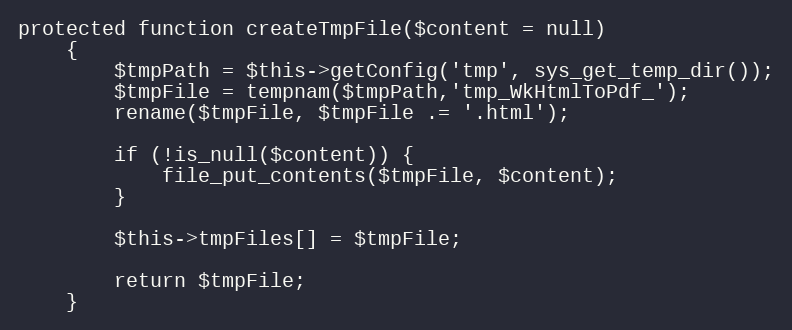
Language: PHP
protected function createTmpFile($content = null)
    {
        $tmpPath = $this->getConfig('tmp', sys_get_temp_dir());
        $tmpFile = tempnam($tmpPath,'tmp_WkHtmlToPdf_');
        rename($tmpFile, $tmpFile .= '.html');

        if (!is_null($content)) {
            file_put_contents($tmpFile, $content);
        }

        $this->tmpFiles[] = $tmpFile;

        return $tmpFile;
    }